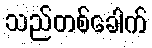
သည်တစ်ခေါက်